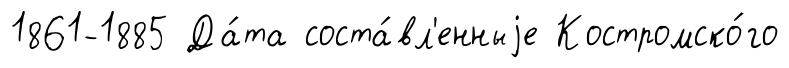
1861-1885 Да́та соста́вл'енныjе Костромско́го